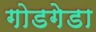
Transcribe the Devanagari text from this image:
गोडगेडा